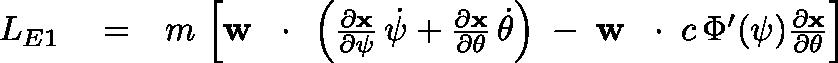
\begin{array} { r l r } { L _ { E 1 } } & { { } = } & { m \, \left[ { \bf w } \, \mathrm { ~ \boldmath ~ \cdot ~ } \, \left( \frac { \partial \bf x } { \partial \psi } \, \dot { \psi } + \frac { \partial \bf x } { \partial \theta } \, \dot { \theta } \right) \; - \; { \bf w } \, \mathrm { ~ \boldmath ~ \cdot ~ } \, c \, \Phi ^ { \prime } ( \psi ) \frac { \partial \bf x } { \partial \theta } \right] } \end{array}